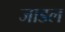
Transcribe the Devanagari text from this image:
जाडल